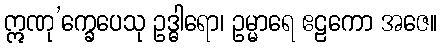
ဣဏု’က္ခေပေသု ဥဒ္ဓါရော၊ ဥမ္မာရေ ဧဠကော အဇေ။